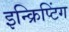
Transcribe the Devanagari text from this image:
इन्क्रिप्टिंग